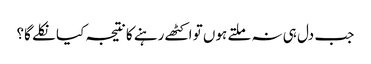
جب دل ہی نہ ملتے ہوں تو اکٹھے رہنے کا نتیجہ کیا نکلے گا؟